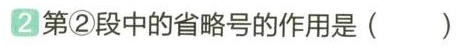
2第②段中的省略号的作用是()